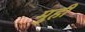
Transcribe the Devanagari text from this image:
मुही